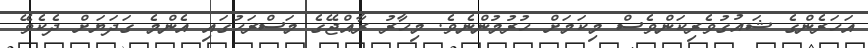
އަހަރެންގެ ޝައުގުވެރިކަންވެސް މިކަމަށް ހުރުމުންނެވެ. މިހާރު ރާއްޖޭގެ މަސްރަހުގައި އެންމެ ގަދަޔަށް ދެކެވޭ